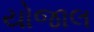
યોજાલ